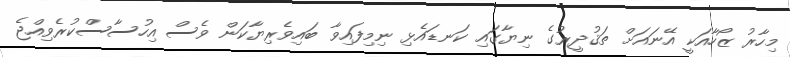
މިހާރު ޒޯހާއަކީ އޭނައަށް ތަޤުދީރުގެ ނިޔާގައި ކަނޑައެޅި ނިމިފައިވާ ބައިވެރިޔާކަން ވެސް އިހުސާސްކުރެވިއްޖެ